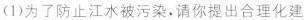
(1)为了防止江水被污染，请你提出合理化建